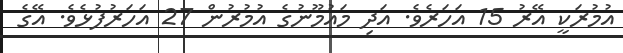
އުމުރަކީ އޭރު 15 އަހަރެވެ. އަދި މައުމޫނުގެ އުމުރުން 27 އަހަރުފުޅެވެ. އޭގެ